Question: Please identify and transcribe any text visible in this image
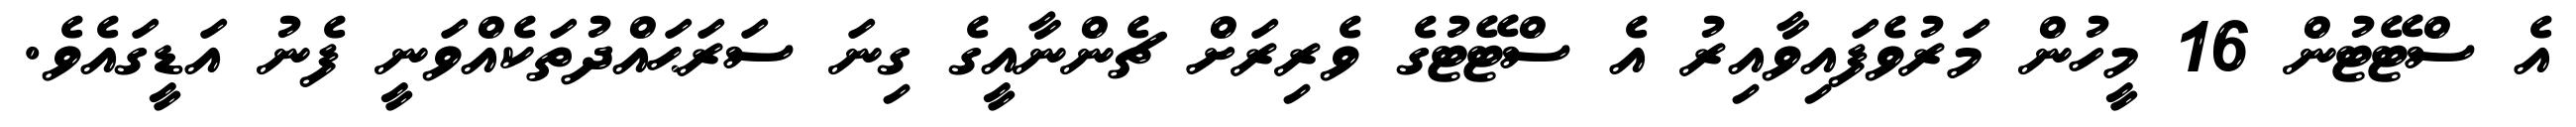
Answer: އެ ސްޓޭޓުން 16 މީހުން މަރުވެފައިވާއިރު އެ ސްޓޭޓުގެ ވެރިރަށް ޗެންނާއީގެ ގިނަ ސަރަޙައްދުތަކެއްވަނީ ފެނު އަޑީގައެވެ.